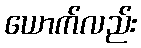
ယောက်လည်း